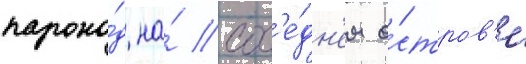
парохо́д на́ сос'е́дн'ем о́стров'е